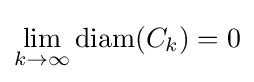
\lim _{k\to \infty }\operatorname {diam} (C_{k})=0